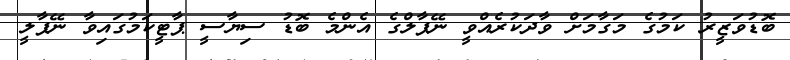
ބޮޑުވަޒީރު ކަމުގެ މަގާމަށް ވާދަކުރެއްވީ ނޭޕާލްގެ އެންމެ ބޮޑު ސިޔާސީ ޕާޓީކަމުގައިވާ ނޭޕާލީ